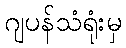
ဂျပန်သံရုံးမှ